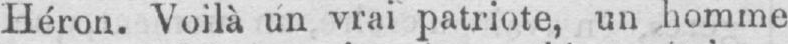
Héron. Voilà un vrai patriote, un homme